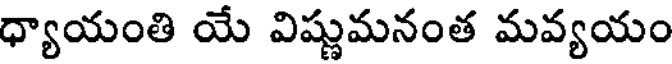
ధ్యాయంతి యే విష్ణుమనంత మవ్యయం